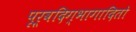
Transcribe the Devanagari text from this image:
पूर्वदिग्भागादितो